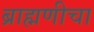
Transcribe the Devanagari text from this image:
ब्राह्मणीचा